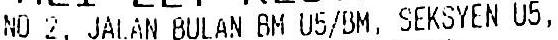
NO 2, JALAN BULAN BM U5/BM, SEKSYEN U5,